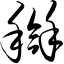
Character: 搿